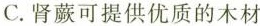
C.肾蕨可提供优质的木材